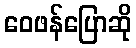
ဝေဖန်ပြောဆို